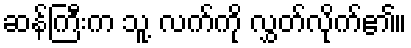
ဆန်ကြီးက သူ့ လက်ကို လွှတ်လိုက်၏။